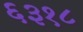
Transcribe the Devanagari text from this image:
६३१८